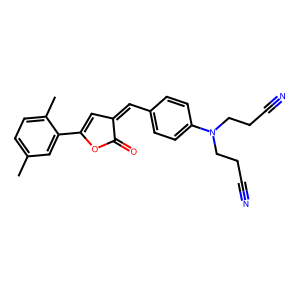
SMILES: Cc1ccc(C)c(C2=CC(=Cc3ccc(N(CCC#N)CCC#N)cc3)C(=O)O2)c1
Inhibits HIV replication: No